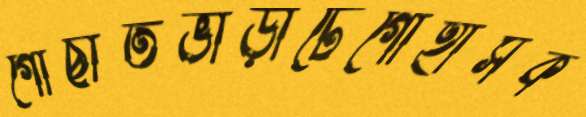
গোছাতভাড়াটেগোহাসক